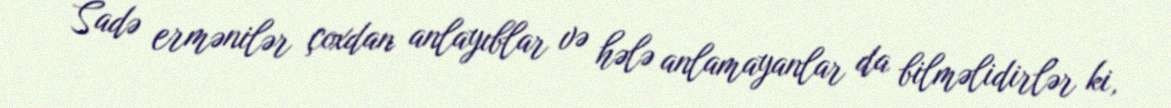
Sadə ermənilər çoxdan anlayıblar və hələ anlamayanlar da bilməlidirlər ki,